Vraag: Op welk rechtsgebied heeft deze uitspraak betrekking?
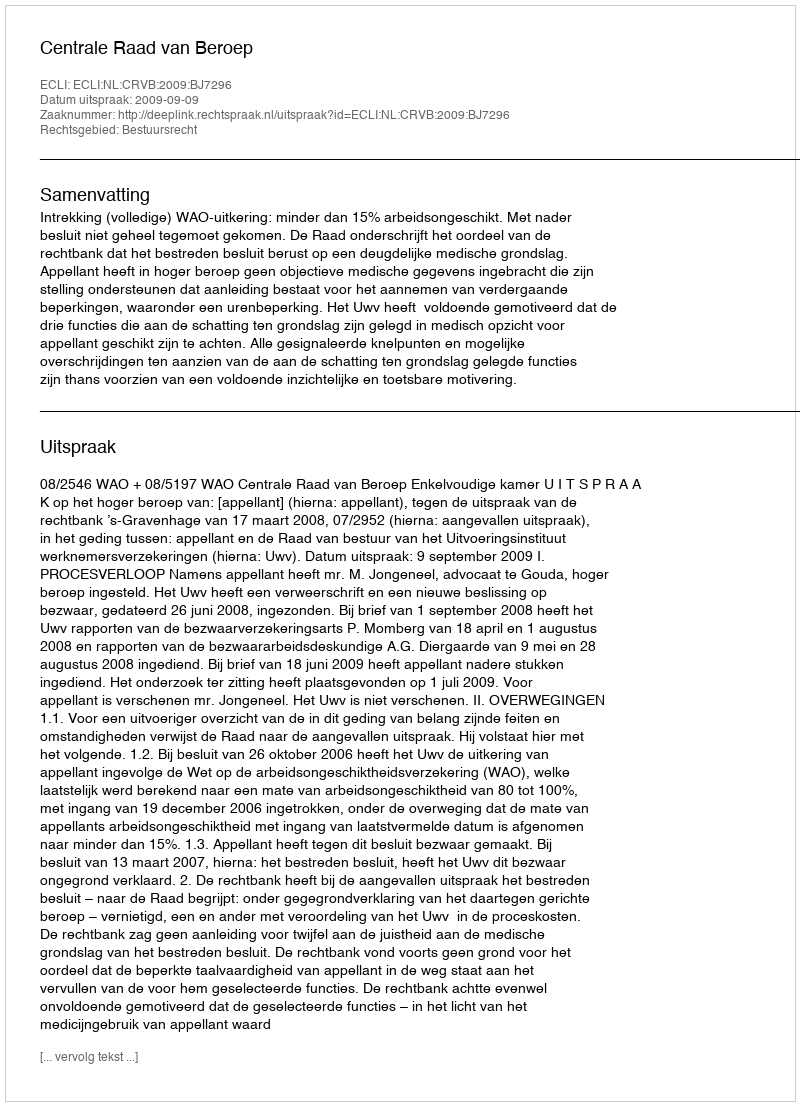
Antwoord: Bestuursrecht